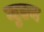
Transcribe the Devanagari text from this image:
जुएन